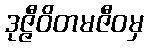
ဒုဇ္ဇီဝိတမဇီဝမှ